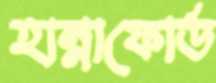
হান্নাফোর্ড